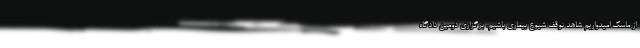
از ماسک امیدواریم شاهد توقف شیوع بیماری باشیم. برگزاری دومین دادگاه